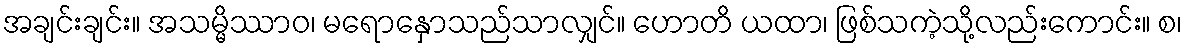
အချင်းချင်း။ အသမ္မိဿာဝ၊ မရောနှောသည်သာလျှင်။ ဟောတိ ယထာ၊ ဖြစ်သကဲ့သို့လည်းကောင်း။ စ၊